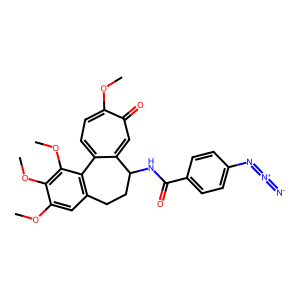
SMILES: COc1cc2c(c(OC)c1OC)-c1ccc(OC)c(=O)cc1C(NC(=O)c1ccc(N=[N+]=[N-])cc1)CC2
Inhibits HIV replication: No